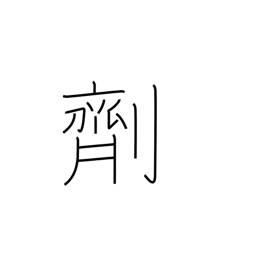
Meaning: drug